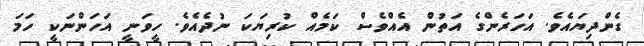
ގެންދިޔައެވެ. އަހަރެންގެ އަތުން އެއްވެސް ކަމެއް ކުރިޔަކަ ނުދެއެވެ. ހީވަނީ އަހަންނަކީ ހަމަ